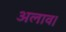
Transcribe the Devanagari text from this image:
अलाव।